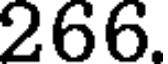
266.